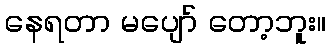
နေရတာ မပျော် တော့ဘူး။